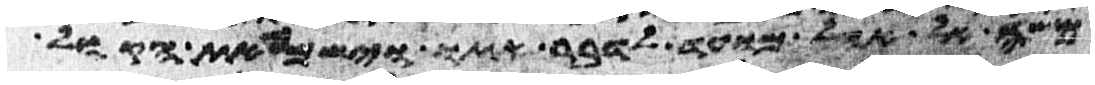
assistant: משה אל אהל מועד לדבר אתו וישמע את הקול